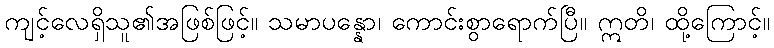
ကျင့်လေရှိသူ၏အဖြစ်ဖြင့်။ သမာပန္နော၊ ကောင်းစွာရောက်ပြီ။ ဣတိ၊ ထို့ကြောင့်။